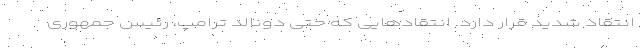
انتقاد شدید قرار دارد. انتقادهایی که حتی دونالد ترامپ، رئیس جمهوری